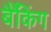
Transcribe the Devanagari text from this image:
बैँकिंग